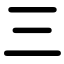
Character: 三